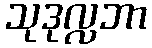
သုဒုလ္လဘာ